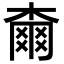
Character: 𣙡